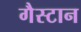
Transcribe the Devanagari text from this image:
गैस्टान